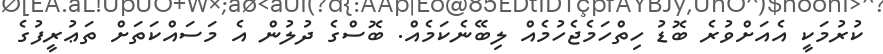
ކުރުމަކީ އެއަށްވުރެ ބޮޑު ހިތްހަމެޖެހުމެއް ލިބޭނެކަމެއް. ބޮސްގެ ދުލުން އެ މަސައްކަތަށް ތަޢުރީފުގެ